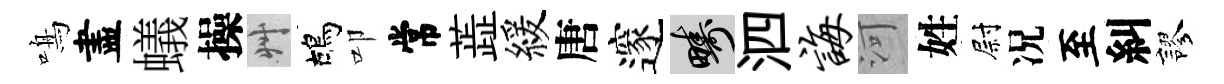
鳴盡蟻操艸鴣叩常蕋緩唐邃疇泗诲河姓尉况至糾謬